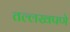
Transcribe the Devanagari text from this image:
तल्लखपणे